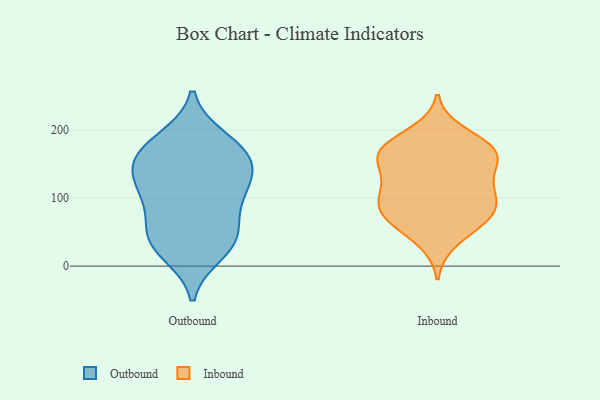
{"axis": {"x": "Headcount", "y": "Value"}, "legend": ["Inbound", "Outbound"], "data": [{"x": "", "y": 19, "type": "Outbound"}, {"x": "", "y": 179, "type": "Outbound"}, {"x": "", "y": 82, "type": "Outbound"}, {"x": "", "y": 28, "type": "Outbound"}, {"x": "", "y": 172, "type": "Outbound"}, {"x": "", "y": 48, "type": "Outbound"}, {"x": "", "y": 140, "type": "Outbound"}, {"x": "", "y": 39, "type": "Outbound"}, {"x": "", "y": 139, "type": "Outbound"}, {"x": "", "y": 107, "type": "Outbound"}, {"x": "", "y": 106, "type": "Outbound"}, {"x": "", "y": 48, "type": "Outbound"}, {"x": "", "y": 114, "type": "Outbound"}, {"x": "", "y": 154, "type": "Outbound"}, {"x": "", "y": 156, "type": "Outbound"}, {"x": "", "y": 187, "type": "Outbound"}, {"x": "", "y": 77, "type": "Inbound"}, {"x": "", "y": 145, "type": "Inbound"}, {"x": "", "y": 82, "type": "Inbound"}, {"x": "", "y": 109, "type": "Inbound"}, {"x": "", "y": 77, "type": "Inbound"}, {"x": "", "y": 177, "type": "Inbound"}, {"x": "", "y": 132, "type": "Inbound"}, {"x": "", "y": 59, "type": "Inbound"}, {"x": "", "y": 164, "type": "Inbound"}, {"x": "", "y": 167, "type": "Inbound"}, {"x": "", "y": 108, "type": "Inbound"}, {"x": "", "y": 69, "type": "Inbound"}, {"x": "", "y": 196, "type": "Inbound"}, {"x": "", "y": 114, "type": "Inbound"}, {"x": "", "y": 36, "type": "Inbound"}, {"x": "", "y": 159, "type": "Inbound"}, {"x": "", "y": 93, "type": "Inbound"}, {"x": "", "y": 174, "type": "Inbound"}, {"x": "", "y": 167, "type": "Inbound"}]}